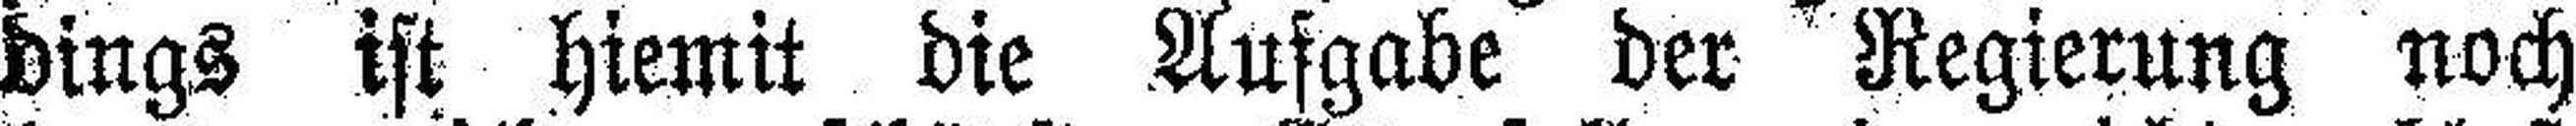
dings ist hiemit die Aufgabe der Regierung noch